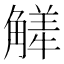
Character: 觲